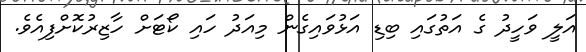
އަލީ ވަހީދު ގެ އަތުގައި ބިޑި އަޅުވައިގެން މިއަދު ހައި ކޯޓަށް ހާޒިރުކޮށްފިއެވެ.